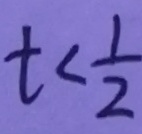
t < \frac { 1 } { 2 }